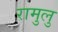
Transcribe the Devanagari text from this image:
रामुलु